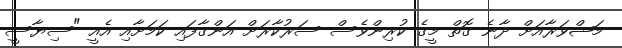
މަޝްވަރާއަށް ދާނެ ގޮތް މީގެ ކުރިންވެސް ސަރުކާރަށް އަންގާފައި ކަމަށާއި އެއީ "ސިޔާސީ